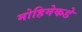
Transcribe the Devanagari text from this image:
मोहिमेकडे